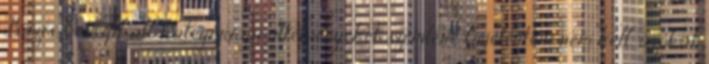
Bázis, Certifikált kategóriájú ültetvényeket szemlére bejelenteni nem kell, azokat